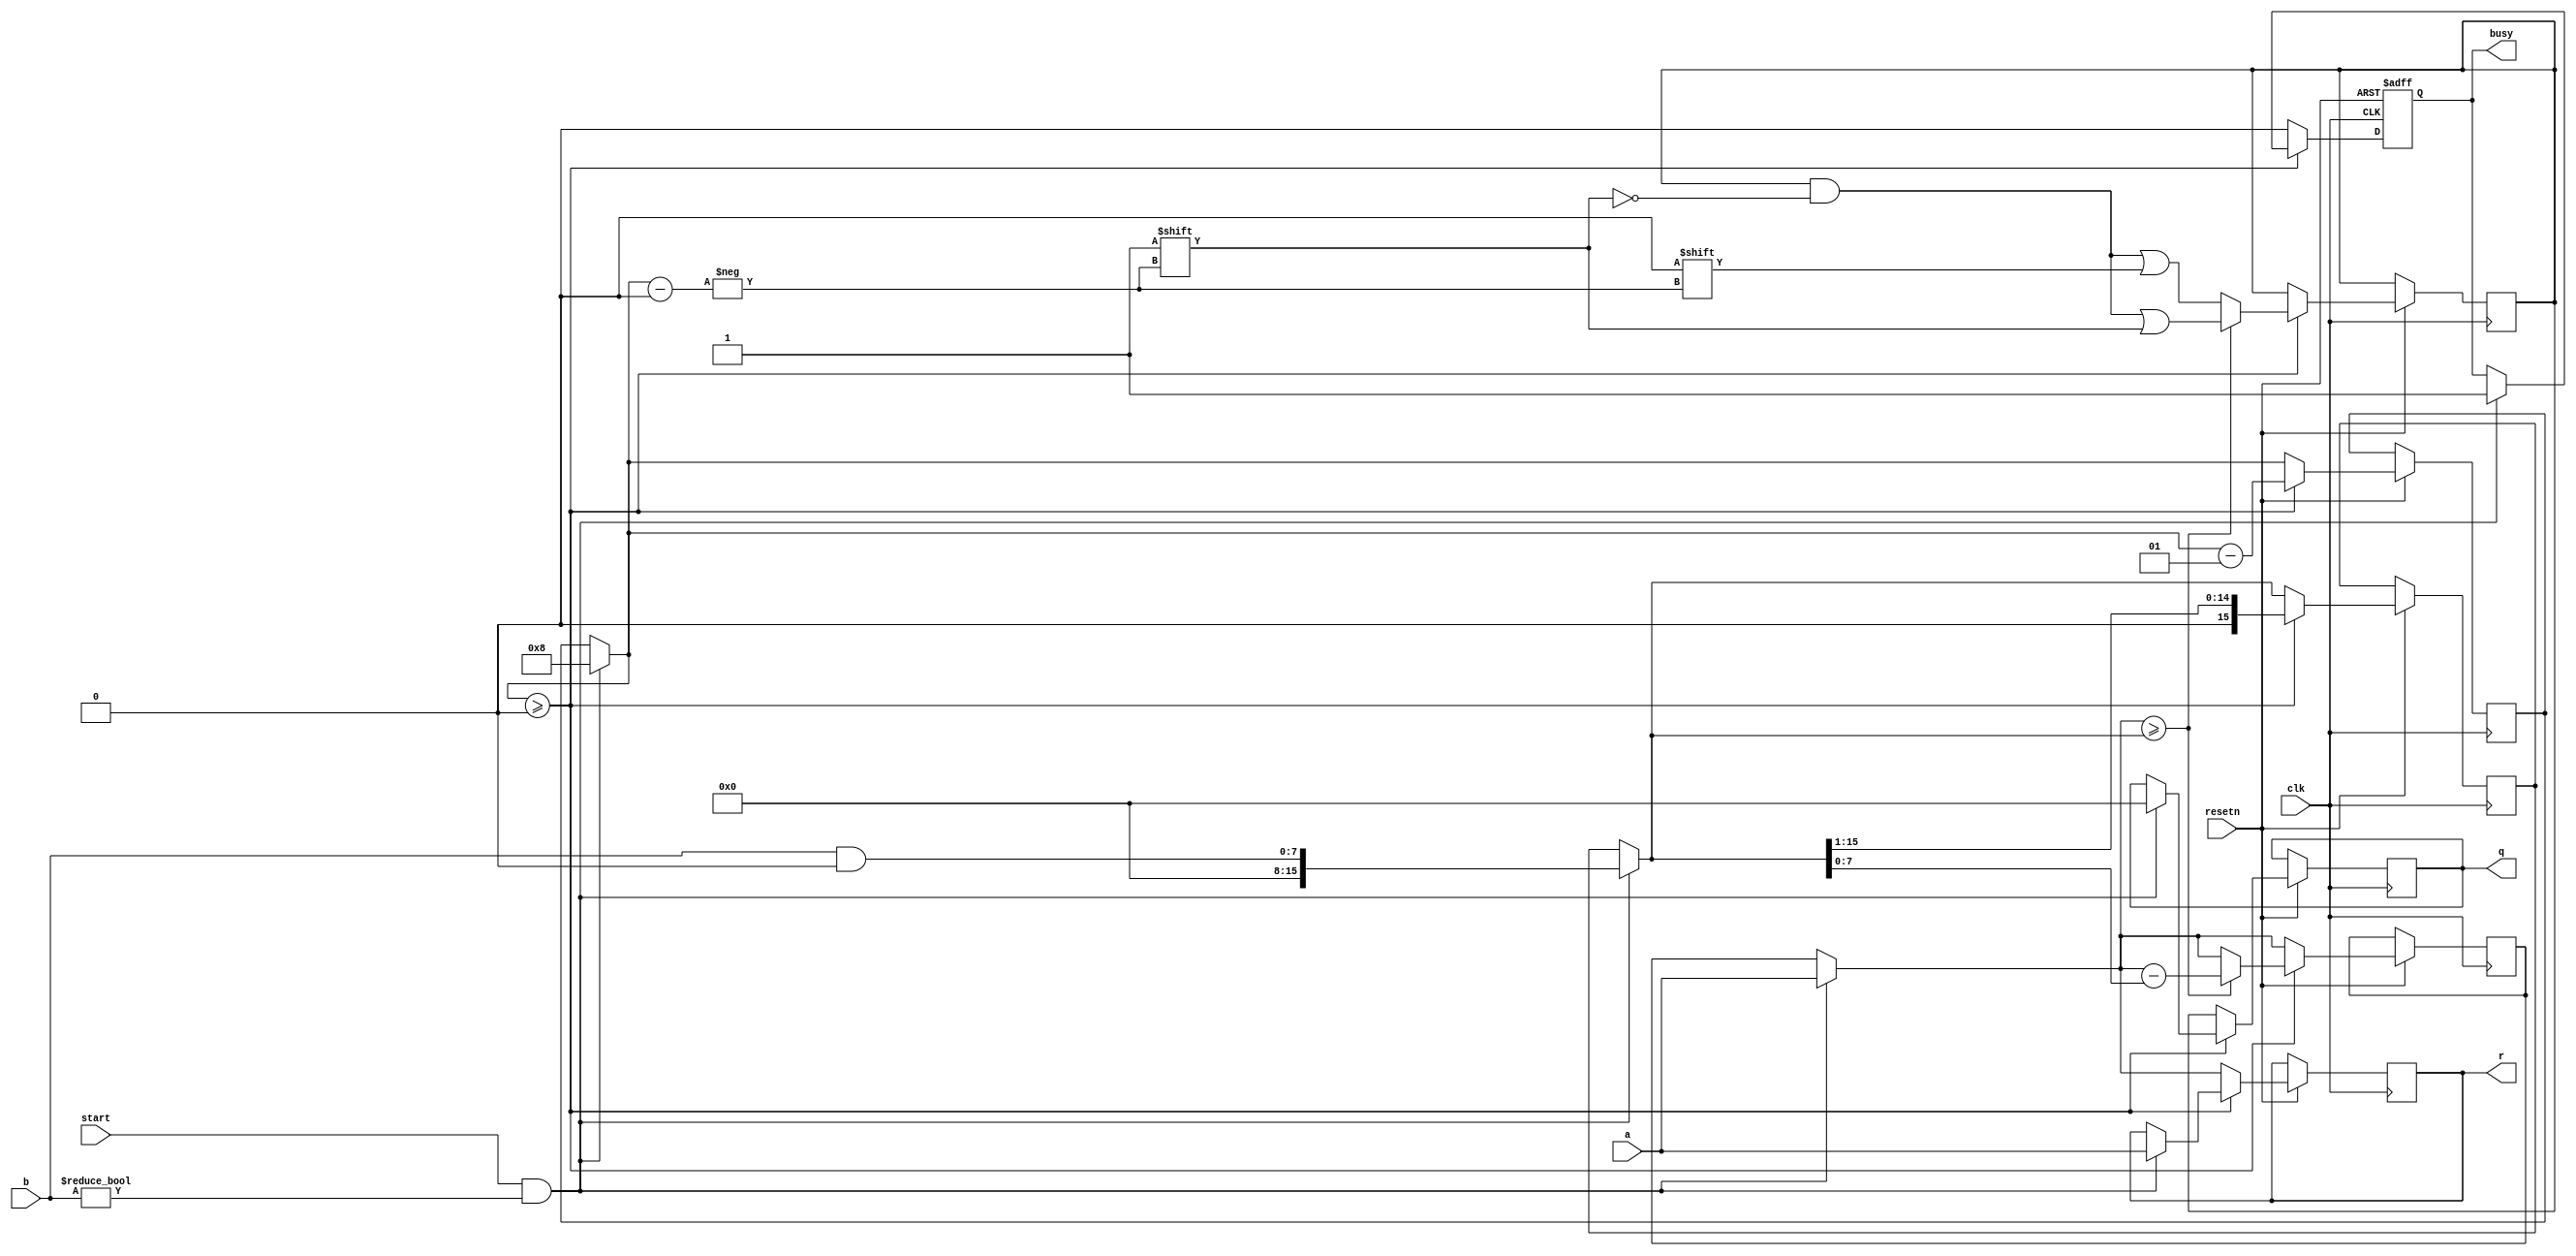
module divu
#(parameter WIDTH = 8 )(
input [WIDTH-1:0] a,
input [WIDTH-1:0] b,
input clk,
input start,
input resetn,
output reg[ WIDTH-1:0] q,
output reg[ WIDTH-1:0] r,
output reg busy
    );
integer i;
reg [WIDTH-1:0] A;
reg [2*WIDTH-1:0] B;
reg [WIDTH-1:0] Q;
//reg [WIDTH/2:0] sub_A;

always @(posedge clk or negedge resetn)
begin
if(resetn==1'b0)//reset
    begin 
    busy = 1'b0;
    end
else
    begin
    if (start==1'b1 && b!= 0)
        begin
        q = 0;
        r = a;
        busy = 1'b1;  
        B= {b,b&0};
        A= a;
        i = WIDTH;
        end
     if(i>=0)
        begin
        if(A>=B) begin  Q[i]=1'b1; A= A-B;end
        else begin Q[i]=1'b0;end
        B = B >>1;
        i = i-1;
        end
     else 
        begin
        r = A;
        q = Q;
        busy = 1'b0;
        end
    end
end
//always @(posedge clk or negedge resetn)
//begin
//        if(resetn==0) 
//            begin
//            busy = 1'b0;
//            A=0;
//            B=0;
//            end
//        else
//        begin
//            if(start)
//            begin
//                busy = 1'b1; A=a; B=b;
//                if (B==0) begin busy<=1'b0;q<=0;r<=0;end//0 should be Z here
//                else
//                begin
//                    //sub_A={1'b0,{A[WIDTH-1:WIDTH/2]}};
//                    A=a;
//                    B={b,b&0};
//                    for(i=WIDTH;i>=0;i=i-1)
//                    begin
//                        if(A>=B) begin q[i]=1'b1;A=A-B;end
//                        else begin q[i]=1'b0;end
//                        B=B>>1;
//                    end
//                    r = A;
//                    busy = 1'b0;
//                 end
//             end
//        end
//end
endmodule